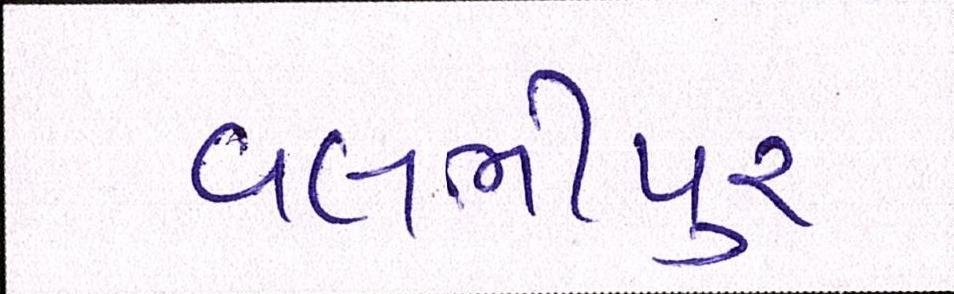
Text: વલભીપુર